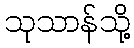
သုသာန်သို့